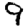
Digit: 9